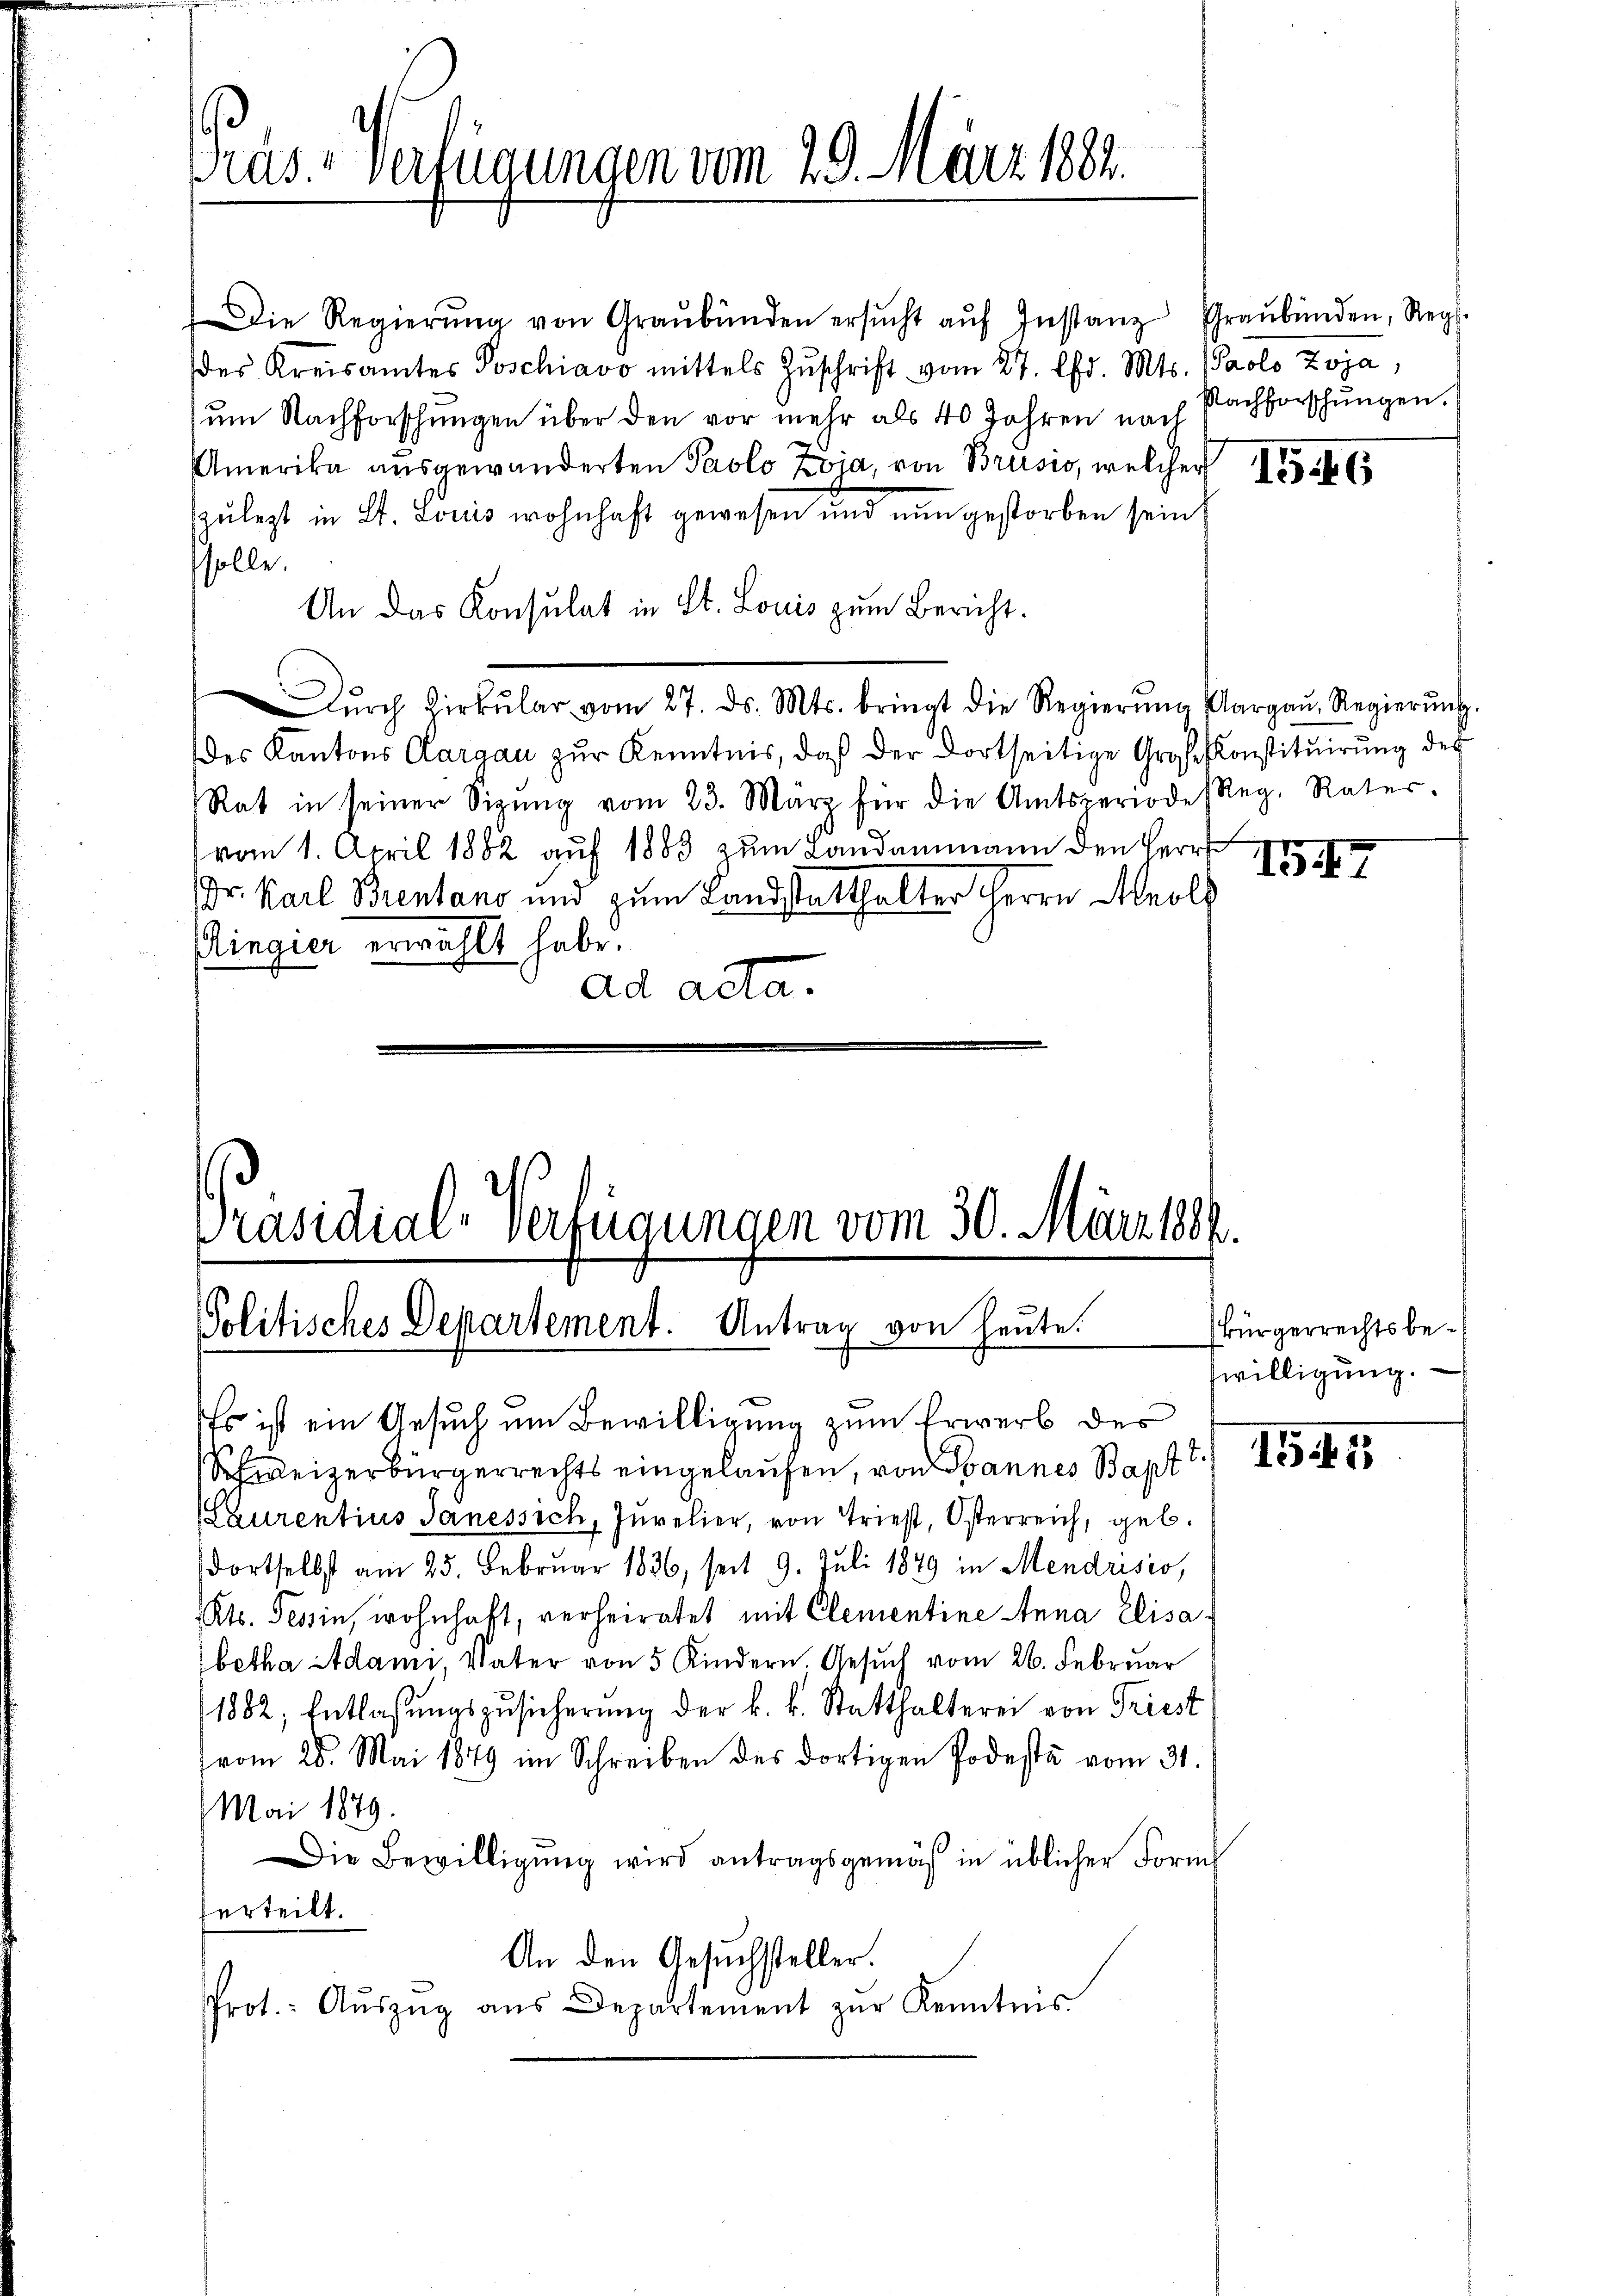
Präs. " Verfügungen vom 29. März 1882.

Die Regierŭng von Graubünden ersŭcht aŭf Instanz Graubünden, Reg.
des Kreisamtes Poschiavo mittels Zŭschrift vom 27. Chr. Mts. 1 Paolo Zoja,
ŭm Nachforschŭngen über den vor mehr als 40 Jahren nach Nachforschŭngen.
Amerika ausgewanderten Paolo Zoja, von Brusio, welcher
zuletzt in St. Louis wohnhaft gewesen und nun gestorben sein
solle.
An das Konsulat in St. Louis zum Bericht.
Dŭrch Zirkŭlar vom 27. ds. Mts. bringt die Regierŭng Aargaŭ, Regierŭng.
des Kantons Aargau zur Kenntnis, daß der dortseitige Große Konstituirung der
Rat in seiner Sigŭng vom 23. März für die Amtsperiodes Reg. Rater-
vom 1. April 1882 auf 1883 zum Landammann den Herr
Dr. Karl Brentano und zum Landstatthalter Herrn Mold
Ringier erwählt habe.
ad acta.

Präsidial-Verfügungen vom 30. März 184.
Politisches Departement. Antrag von heute.

Es ist ein Gesuch um Bewilligung zum Erwerb des
Schweizerbürgerrechts eingelaufen, von Ivannes Bapt
(Exurentius Sanessich, Jurelier, von Triest, Osterreich, geb.
dortselbst am 25. Februar 1836, seit 9. Juli 1879 in Mendrisio,
Kts. Tessin, wohnhaft, verheiratet mit Clementine Anna Elisabetha Adami, Vater von 5 Kindern. Gesuch vom 26. Februar
1882, Entlassŭngszusicherŭng der k. k. Statthalterei von Triest
(vom 25. Mai 1849 im Schreiben des dortigen Podeste vom 31.
Mai 1879.
Die Bewilligung wird antragsgemäß in üblicher Form
verteilt.
An den Gesuchsteller.
Prot.: Aŭszŭg ans Departement zŭr Kenntnis

1547

Bürgerrechtsbewilligung.
1545